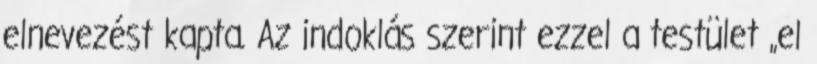
elnevezést kapta. Az indoklás szerint ezzel a testület „el